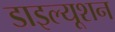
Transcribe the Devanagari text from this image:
डाइल्यूशन